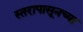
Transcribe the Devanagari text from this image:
स्तरापासूनच्या